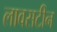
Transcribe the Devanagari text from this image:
लावसटीन